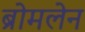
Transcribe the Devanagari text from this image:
ब्रोमलेन